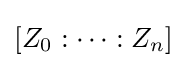
[Z_{0}:\dots :Z_{n}]